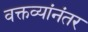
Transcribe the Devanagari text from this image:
वक्तव्यांनंतर